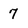
Character: 7